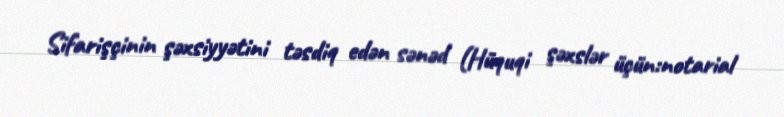
Sifarişçinin şəxsiyyətini təsdiq edən sənəd (Hüquqi şəxslər üçün:notarial